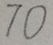
7 0